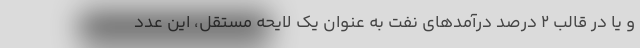
و یا در قالب ۲ درصد درآمدهای نفت به عنوان یک لایحه مستقل، این عدد